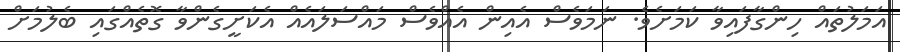
އަމަލުތައް ހިންގާފައިވާ ކަމަށެވެ. ނަމަވެސް އެއިން އެއްވެސް މައްސަލައެއް އެކަށީގެންވާ ގޮތެއްގައި ބެލުމަށް